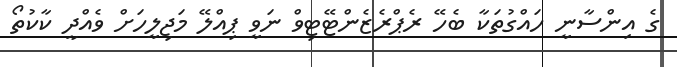
ގެ އިންސާނީ ހައްގުތަކާ ބެހޭ ރެޕްރެޒެންޓޭޓިވް ނަވީ ޕިއްލޭ މަޖިލީހަށް ވެއްދީ ކާކުތޯ